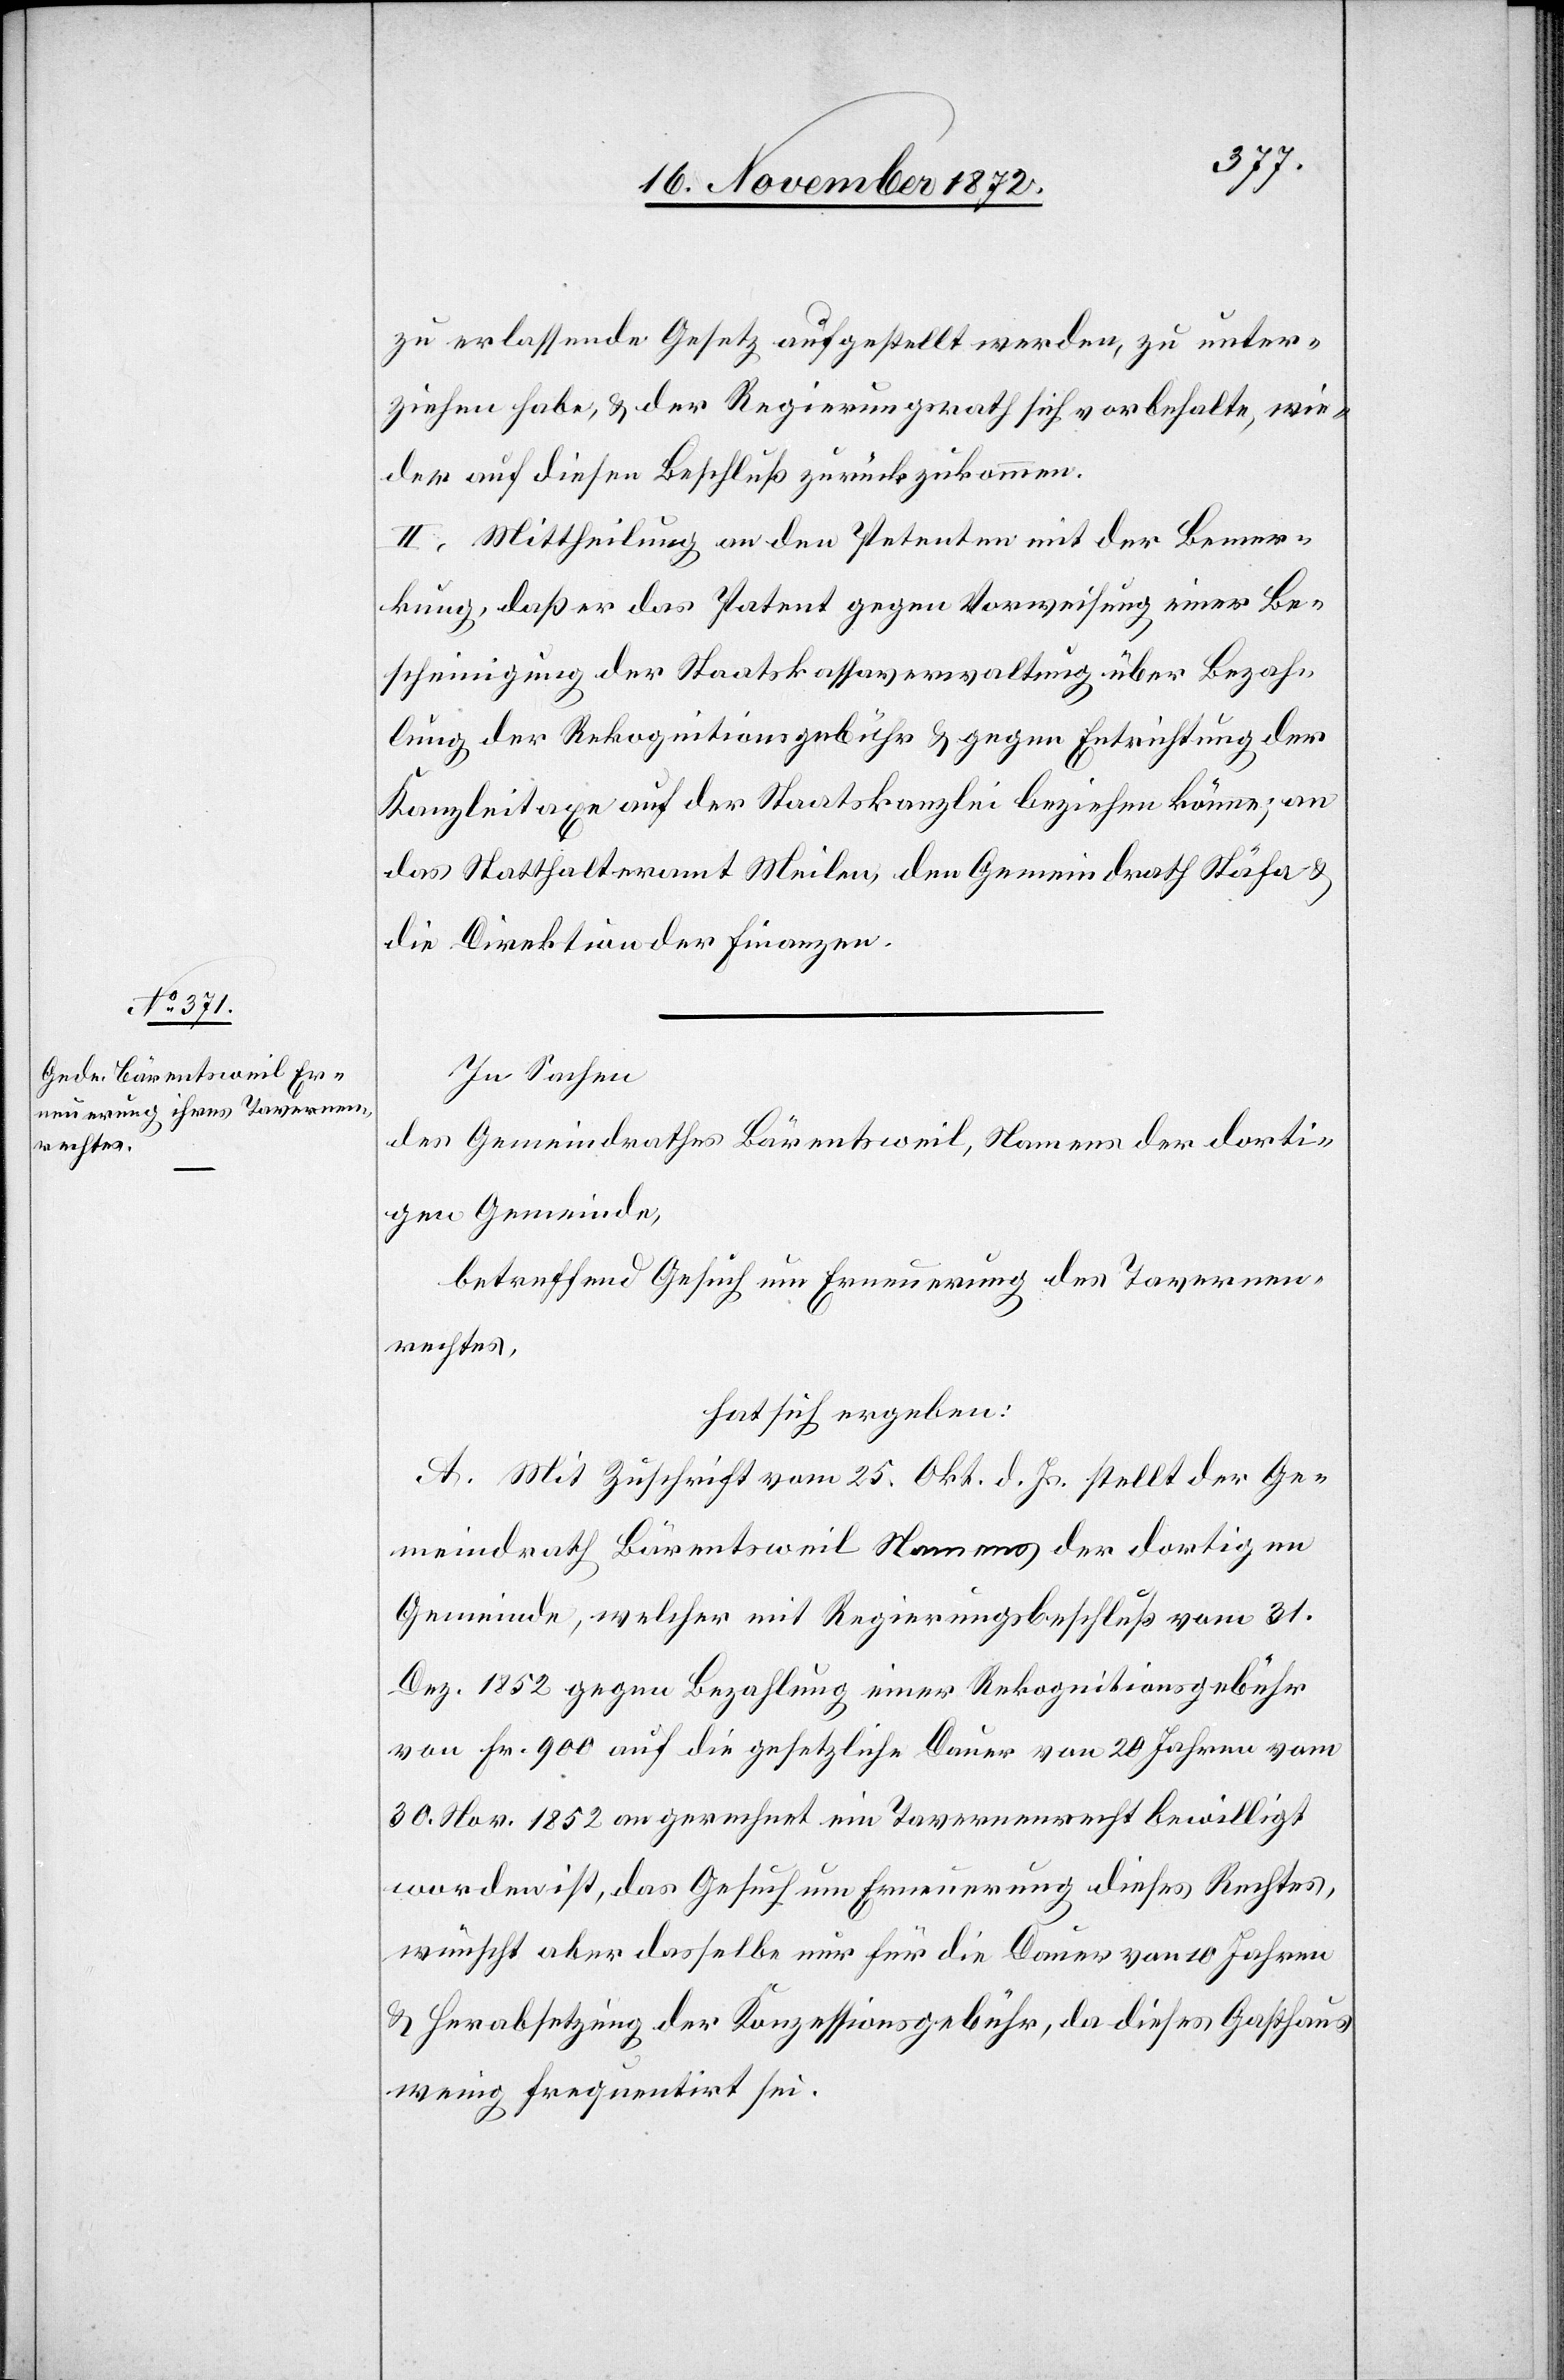
zu erlassende Gesetz aufgestellt werden, zu unter¬
ziehen habe, u. der Regierungsrath sich vorbehalte, wie¬
der auf diesen Beschluß zurückzukommen.
II. Mittheilung an den Petenten mit der Bemer¬
kung, daß er das Patent gegen Vorweisung einer Be¬
scheinigung der Staatskassaverwaltung über Bezah¬
lung der Rekognitonsgebühr u. gegen Entrichtung der
Kanzleitaxe auf der Staatskanzlei beziehen könne; an
das Statthalteramt Meilen, den Gemeindrath Stäfa u.
die Direktion der Finanzen.
In Sachen
des Gemeindrathes Bärentsweil, Namens der dorti¬
gen Gemeinde,
betreffend Gesuch um Erneuerung des Tavernen¬
rechtes,
hat sich ergeben:
A. Mit Zuschrift vom 25. Okt. d. Js. stellt der Ge¬
meindrath Bärentsweil Namens der dortigen
Gemeinde, welcher mit Regierungsbeschluß vom 31.
Dez. 1852 gegen Bezahlung einer Rekognitionsgebühr
von Fr. 900 auf die gesetzliche Dauer von 20 Jahren vom
30. Nov. 1852 an gerechnet ein Tavernenrecht bewilligt
worden ist, das Gesuch um Erneuerung dieses Rechtes,
wünscht aber dasselbe nur für die Dauer von 10 Jahren
u. Herabsetzung der Konzessionsgebühr, da dieses Gasthaus
wenig frequentirt sei.